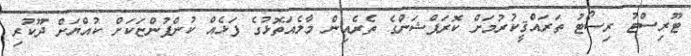
ޓޫރިސްޓު ރިސޯޓު ތަރައްޤީކުރުމަށް ކޮރަޕްޝަންގެ ތެރެއިން މާލެއަތޮޅުގެ ފަޅެއް ކުންފުންޏަކަށް ކުއްޔަށް ދޫކުރި